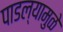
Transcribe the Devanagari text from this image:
पाडल्यामुळे